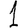
Digit: 1